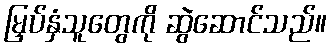
မြှပ်နှံသူတွေကို ဆွဲဆောင်သည်။